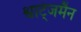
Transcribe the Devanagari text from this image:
श्वार्ट्जमैन